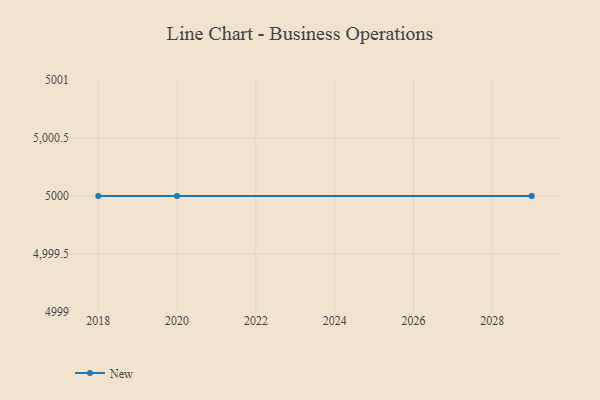
{"axis": {"x": "Year", "y": "Shipments"}, "legend": ["New"], "data": [{"x": "2020", "y": 5000, "type": "New"}, {"x": "2029", "y": 5000, "type": "New"}, {"x": "2018", "y": 5000, "type": "New"}]}